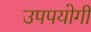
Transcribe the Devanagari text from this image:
उपपयोगी